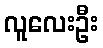
လူလေးဦး